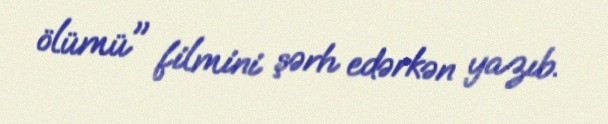
ölümü" filmini şərh edərkən yazıb.